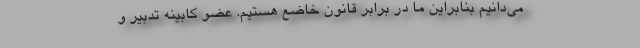
می‌دانیم بنابراین ما در برابر قانون خاضع هستیم. عضو کابینه تدبیر و